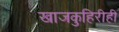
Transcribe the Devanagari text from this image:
खाजकुहिरीही